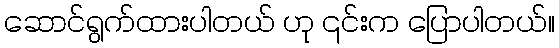
ဆောင်ရွက်ထားပါတယ် ဟု ၎င်းက ပြောပါတယ်။